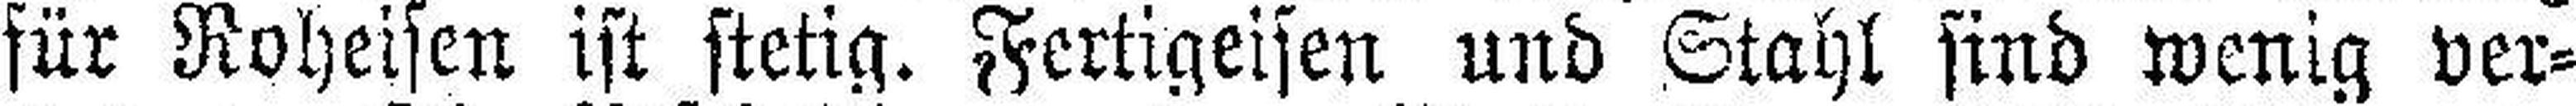
für Roheisen ist stetig. Fertigeisen und Stahl sind wenig ver¬